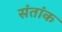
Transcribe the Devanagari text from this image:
संतांक